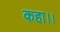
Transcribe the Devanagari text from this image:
कहा।।